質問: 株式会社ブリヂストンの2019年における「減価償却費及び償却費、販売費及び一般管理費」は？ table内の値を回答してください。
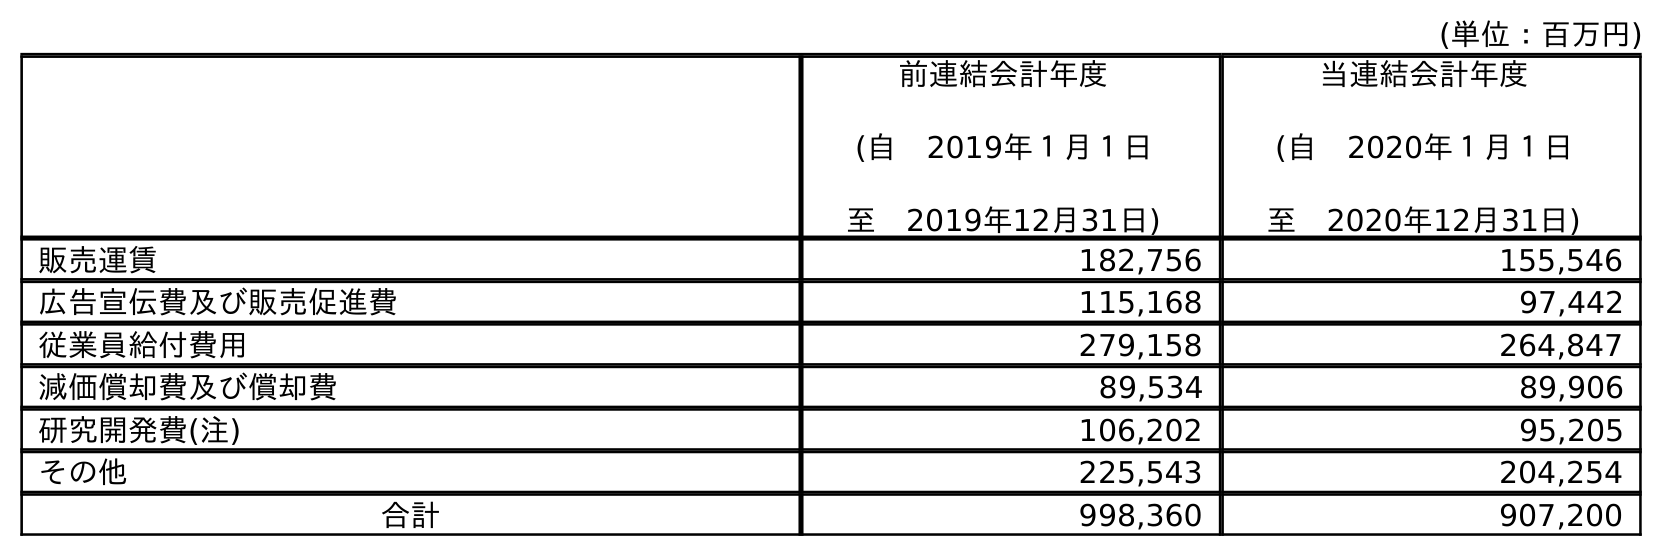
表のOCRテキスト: (単位：百万円) 前連結会計年度 (自 2019年１月１日 至 2019年12月31日) 当連結会計年度 (自 2020年１月１日 至 2020年12月31日) 販売運賃 182,756 155,546 広告宣伝費及び販売促進費 115,168 97,442 従業員給付費用 279,158 264,847 減価償却費及び償却費 89,534 89,906 研究開発費(注) 106,202 95,205 その他 225,543 204,254 合計 998,360 907,200
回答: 89,534